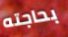
بحاجته